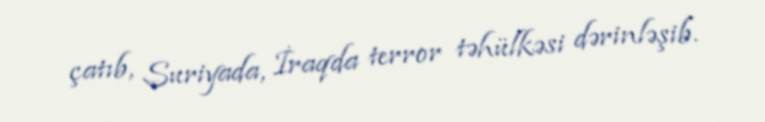
çatıb, Suriyada, İraqda terror təhülkəsi dərinləşib.